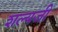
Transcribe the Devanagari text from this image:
शल्यजी